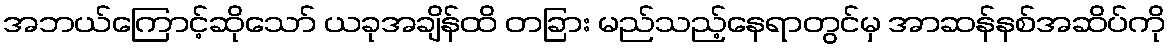
အဘယ်ကြောင့်ဆိုသော် ယခုအချိန်ထိ တခြား မည်သည့်နေရာတွင်မှ အာဆန်နစ်အဆိပ်ကို